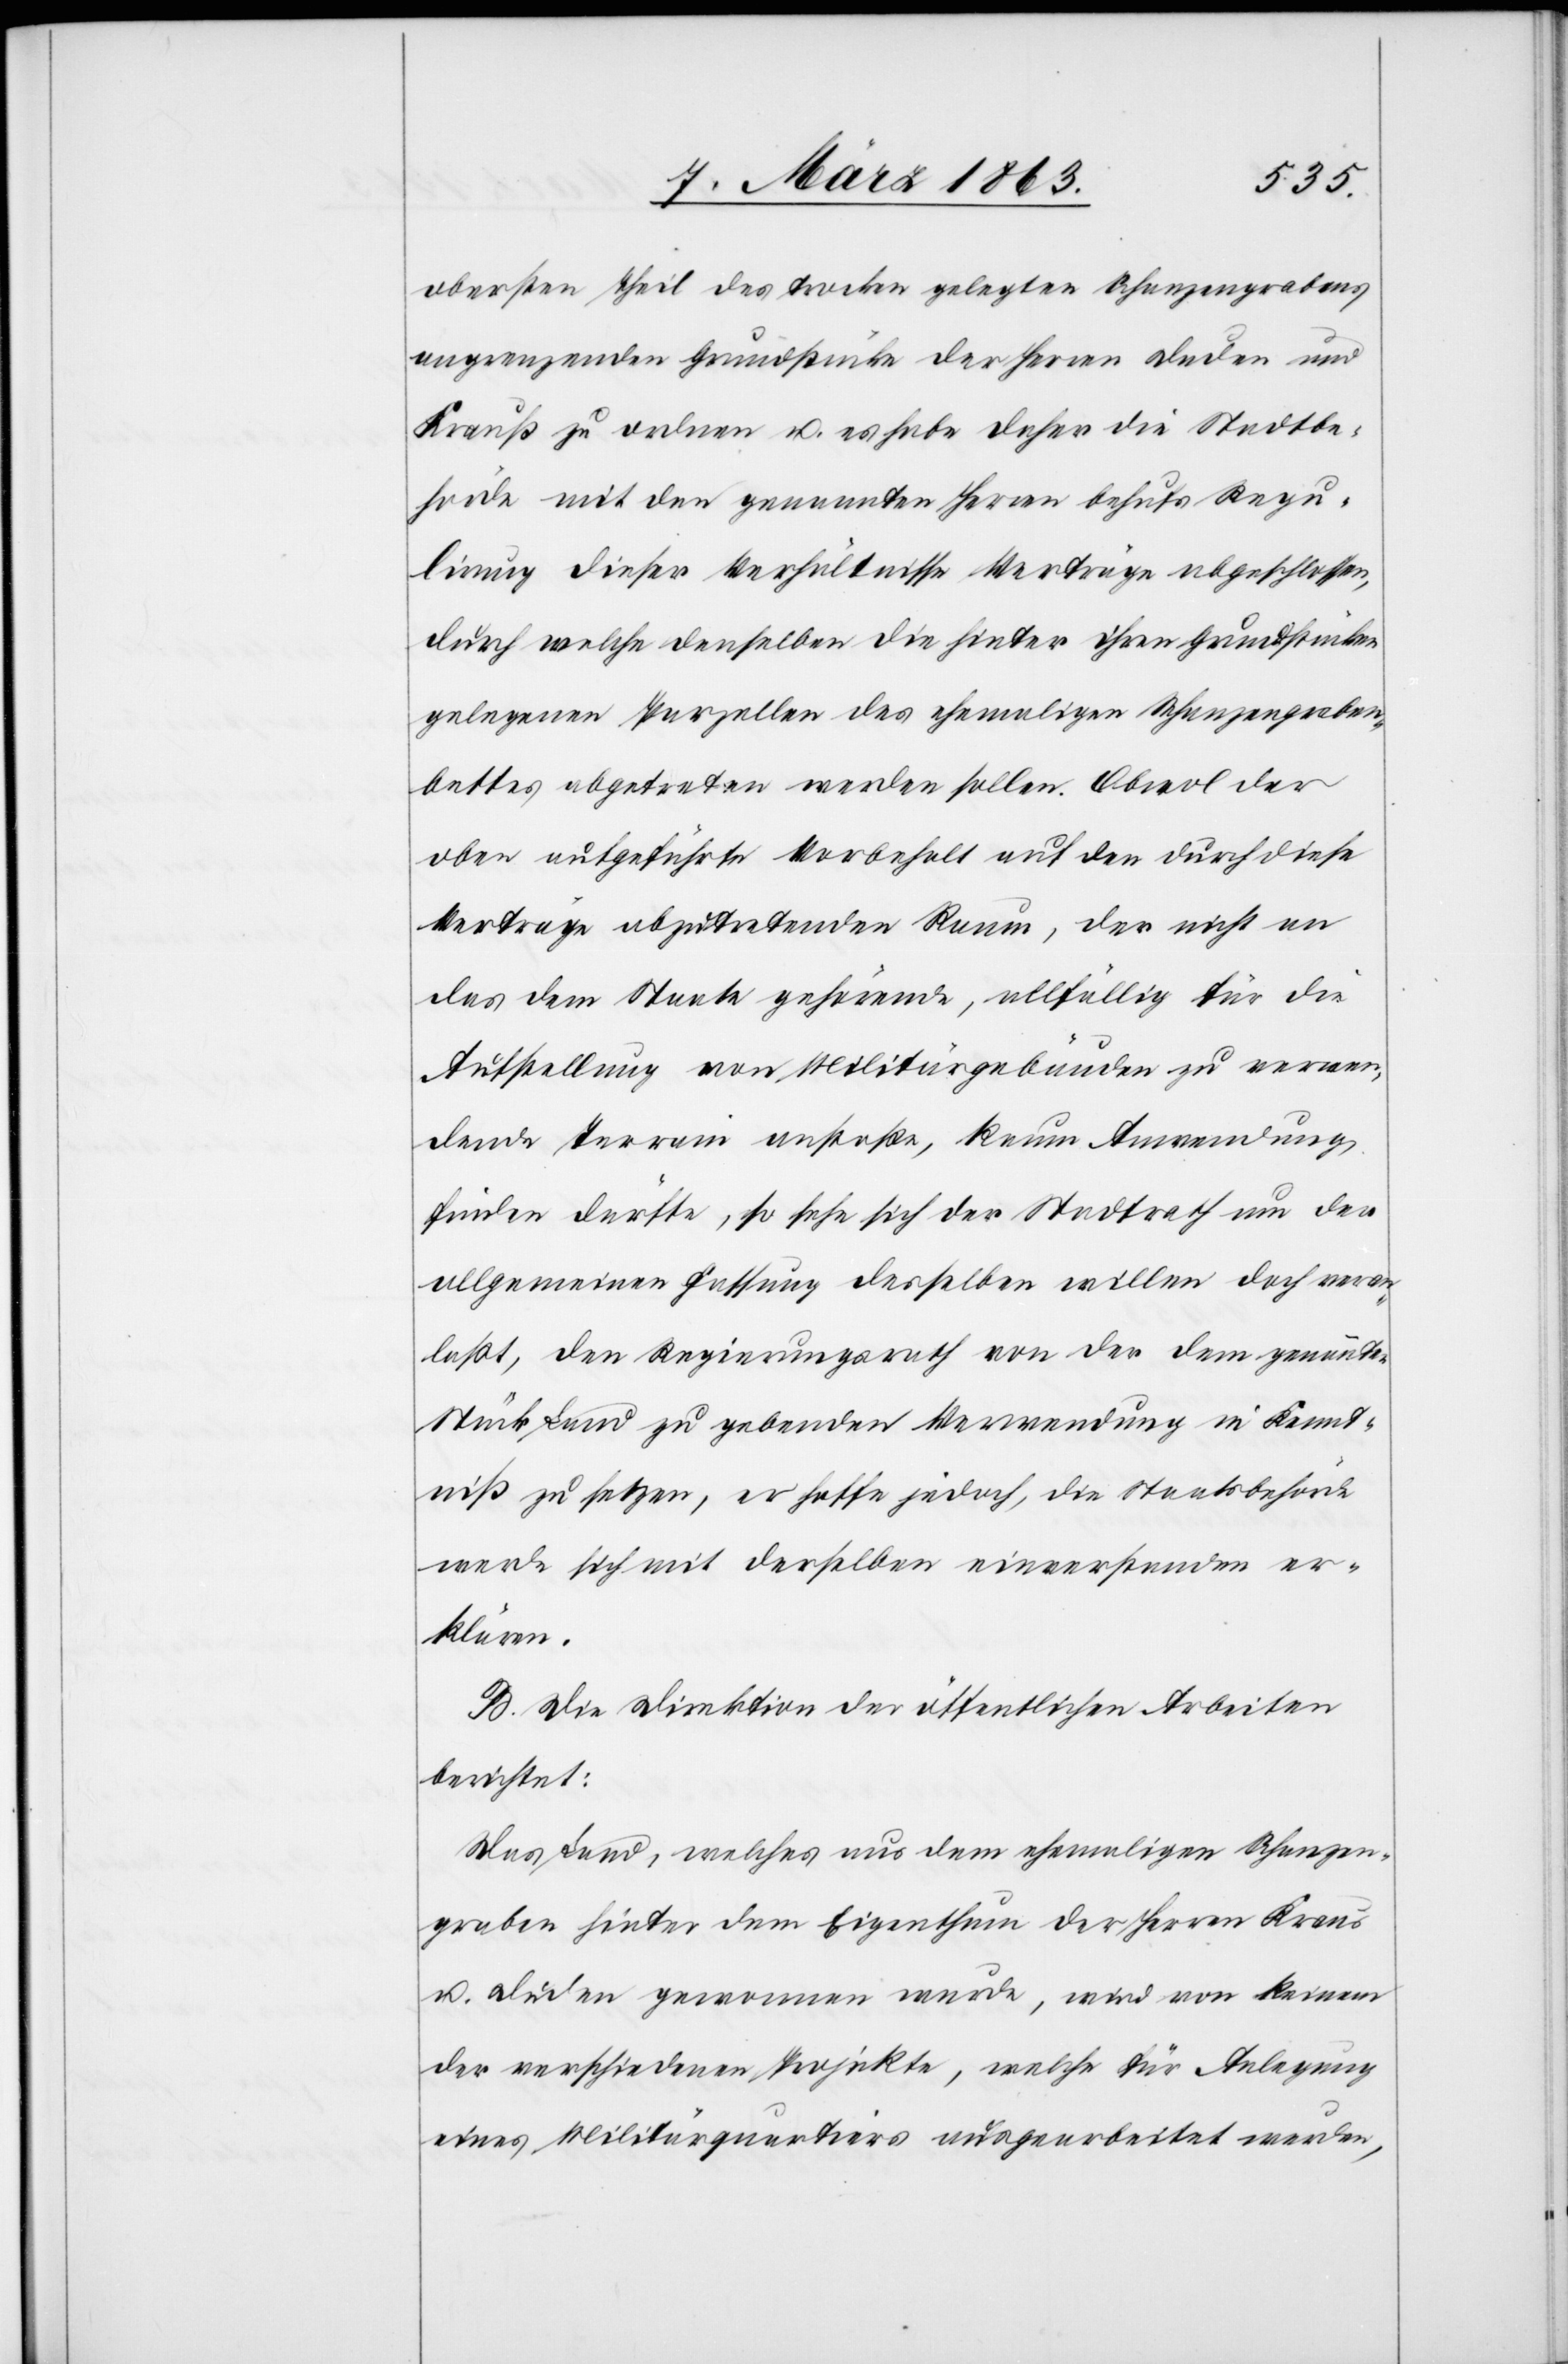
obersten Theil des trocken gelegten Schanzengrabens
angrenzenden Grundstücke der Herren Duden und
Krauß zu ordnen u. es habe daher die Stadtbe¬
hörde mit den genannten Herren behufs Regu¬
lirung dieses Verhältnisse Verträge abgeschlossen,
durch welche denselben die hinter ihren Grundstücken
gelegenen Parzellen des ehemaligen Schanzengraben¬
bettes abgetreten werden sollen. Obwol der
oben aufgeführte Vorbehalt auf den durch diese
Verträge abzutretenden Raum, der nicht an
das dem Staate gehörende, allfällig für die
Aufstellung von Militärgebäuden zu verwen¬
dende Terrain anstoße, kaum Anwendung
finden dürfte, so sehe sich der Stadtrath um der
allgemeinen Fassung desselben willen doch veran¬
laßt, dem Regierungsrath von der dem genannten
Stück Land zu gebenden Verwendung in Kennt¬
niß zu setzen, er hoffe jedoch, die Staatsbehörde
werde sich mit derselben einverstanden er¬
klären.
B. Die Direktion der öffentlichen Arbeiten
berichtet:
Das Land, welches aus dem ehemaligen Schanzen¬
graben hinter dem Eigenthum der Herren Kraus
u. Duden gewonnen wurde, wird von keinem
der verschiedenen Projekte, welche für Anlegung
eines Militärquartiers ausgearbeitet wurden,